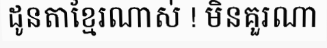
ដូនតាខ្មែរណាស់ ! មិនគួរណា